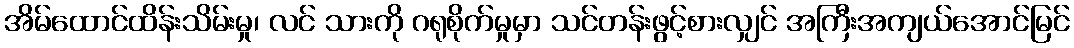
အိမ်ထောင်ထိန်းသိမ်းမှု၊ လင် သားကို ဂရုစိုက်မှုမှာ သင်တန်းဖွင့်စားလျှင် အကြီးအကျယ်အောင်မြင်